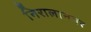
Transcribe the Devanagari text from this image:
निरालानगर